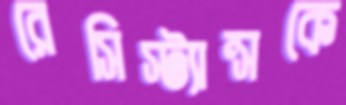
রেসিস্ট্যান্সকে